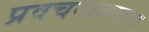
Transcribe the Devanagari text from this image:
प्रवचनात्मकता